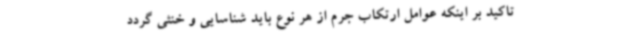
تاکید بر اینکه عوامل ارتکاب جرم از هر نوع باید شناسایی و خنثی گردد